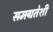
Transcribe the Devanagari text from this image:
समग्रतेशी